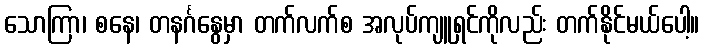
သောကြာ၊ စနေ၊ တနင်္ဂနွေမှာ တက်လက်စ အလုပ်ကျူရှင်ကိုလည်း တက်နိုင်မယ်ပေါ့။